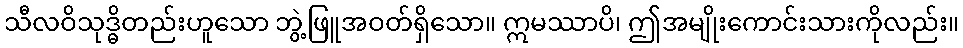
သီလဝိသုဒ္ဓိတည်းဟူသော ဘွဲ့ဖြူအဝတ်ရှိသော။ ဣမဿာပိ၊ ဤအမျိုးကောင်းသားကိုလည်း။